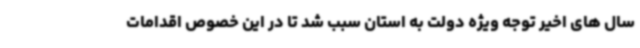
سال های اخیر توجه ویژه دولت به استان سبب شد تا در این خصوص اقدامات